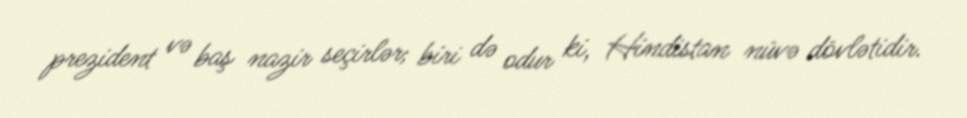
prezident və baş nazir seçirlər; biri də odur ki, Hindistan nüvə dövlətidir.